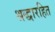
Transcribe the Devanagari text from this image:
श्रद्धारहित